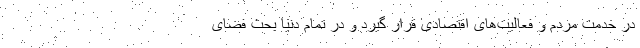
در خدمت مردم و فعالیت‌های اقتصادی قرار گیرد و در تمام دنیا بحث فضای